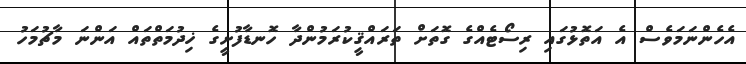
އެހެންނަމަވެސް އެ އަތޮޅުގައި ރިސޯޓެއްގެ ގޮތަށް ތަރައްޤީކުރަމުންދާ ހޮނޑާފުށީގެ ޚިދުމަތްތައް އަންނަ މާޗުމަހު